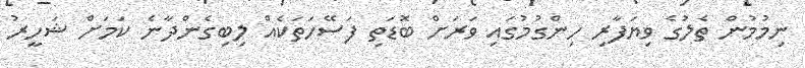
ނިމުމުން ތެލުގެ ވިޔަފާރި ހިންގުމުގައި ވަރަށް ބޮޑަތި ފަސޭހަތަކެއް ލިބިގެންދާނެ ކަމަށް ޝަހީރު